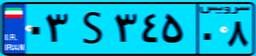
۰۳S۳۴۵۰۸